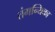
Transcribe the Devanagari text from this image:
तंगन्यिका